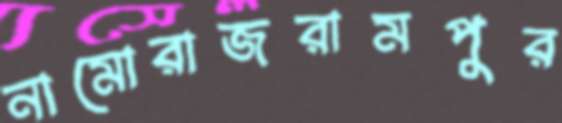
নামোরাজরামপুর